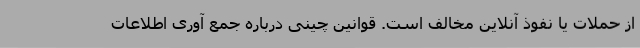
از حملات یا نفوذ آنلاین مخالف است. قوانین چینی درباره جمع آوری اطلاعات